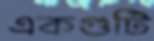
একগুটি